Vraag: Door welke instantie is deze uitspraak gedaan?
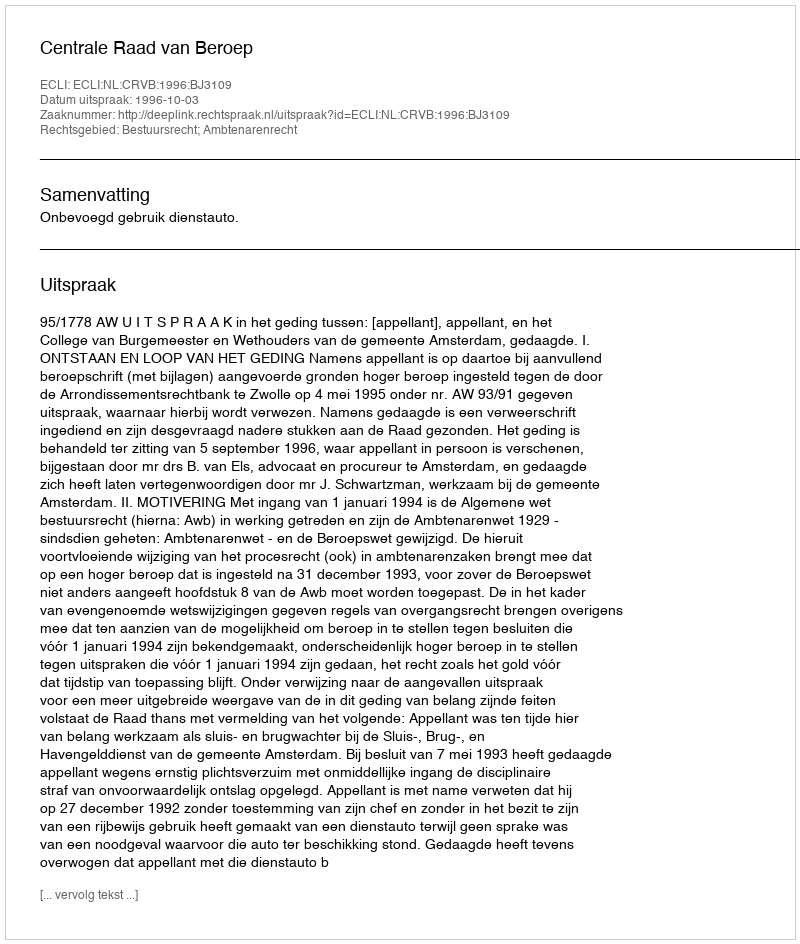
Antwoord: Centrale Raad van Beroep